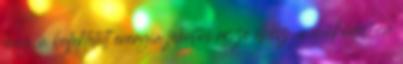
meg, a befektetett energia jelentős része elvész, a működésben